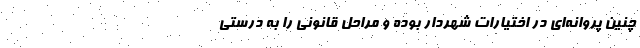
چنین پروانه‌ای در اختیارات شهردار بوده و مراحل قانونی را به درستی